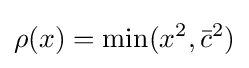
\rho (x)=\min(x^{2},{\bar {c}}^{2})